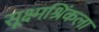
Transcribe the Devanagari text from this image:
सूक्ष्मश्रिंकला